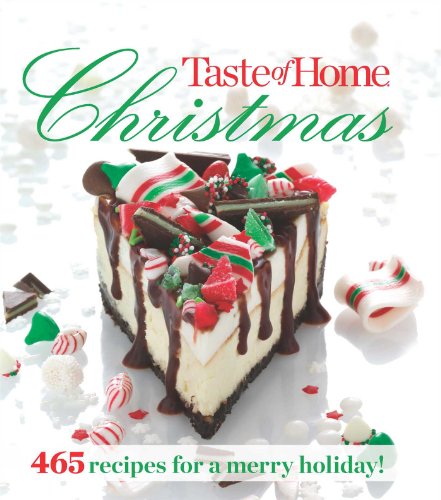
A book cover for Taste of Home Christmas: 465 Recipes For a Merry Holiday; Taste Of Home; Cookbooks, Food & Wine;